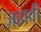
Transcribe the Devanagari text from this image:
ज़हावी